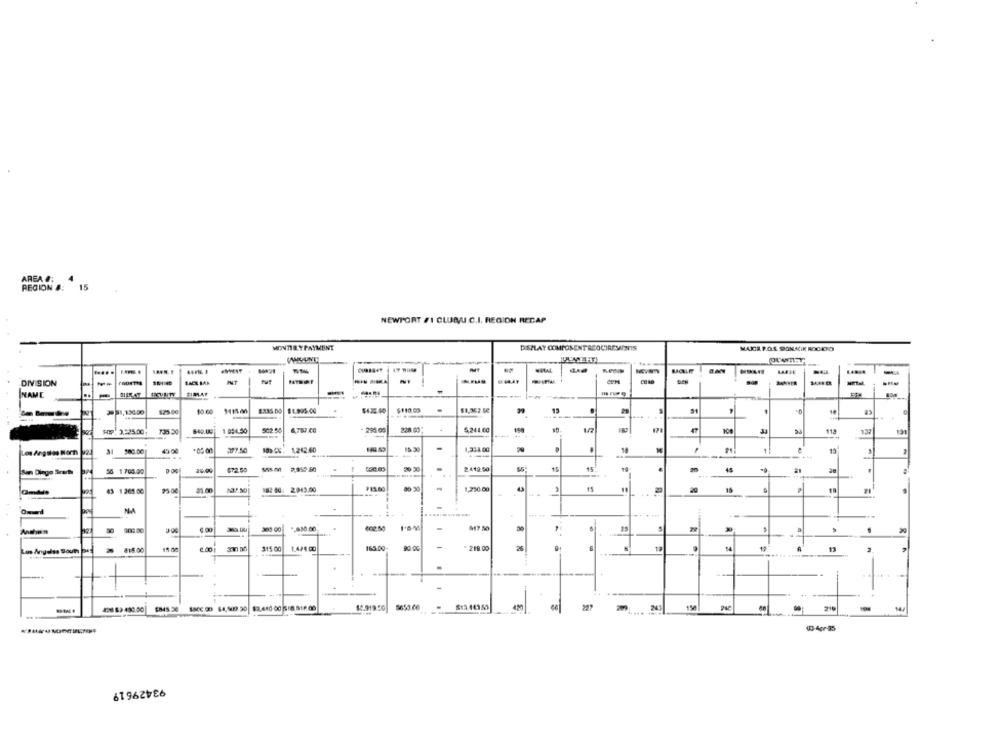
AREA #:
REGION &:
15
NEWPORT /1 CLUNU.C.I. REGION RECAP
MONTIE YPAYMENT
DISPLAY COMPONENTSCOCIREMINIS
.....
DIVISION
-
DEN
-
-
NAME
FIRLAT
-
$1.995.00
$475 40
$110.05
$1,362 50
15
125.00
10.00
FTP: 3,925.00
1994.50
502.50
6,787.CO
228.00;
5,241.00
113
137
191
Los Angeles Noch 24
31
297.50
10964: 1242.40
1,334.00
-+ -.
2412.50
San Diego Strach
56 1 700.00
43 1 265 00
182:14: 2.043.00
¥11.60
1,250.00
309:00
402.50
-
30
5
Los Angeles Soun Det
#15.00
2.00
315 00
1.474 go
165.00-
. 219.00
6
14
11
14.919 50
8653.00
243
150
210
43-4gr-35
93429619